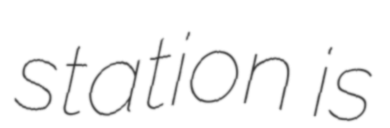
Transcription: station is